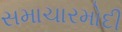
સમાચારમોદી